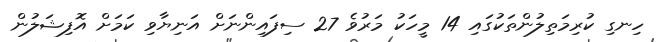
ހިނގި ކުރިމަތިލުންތަކުގައި 14 މީހަކު މަރުވެ 27 ސިފައިންނަށް އަނިޔާވި ކަމަށް އޮފިޝަލުން